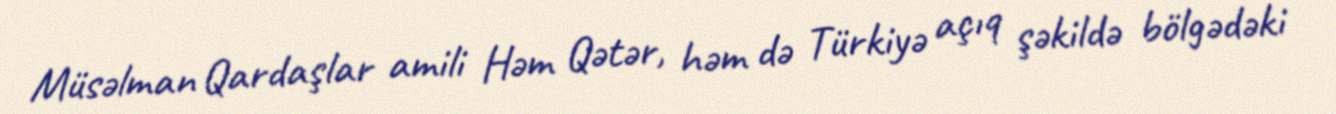
Müsəlman Qardaşlar amili Həm Qətər, həm də Türkiyə açıq şəkildə bölgədəki